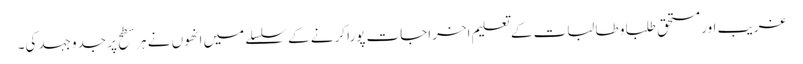
غریب اور مستحق طلبا و طالبات کے تعلیم اخراجات پورا کرنے کے سلسلے میں انھوں نے ہر سطح پر جدوجہد کی۔